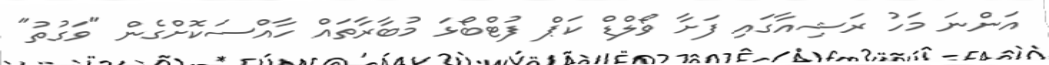
އަންނަ މަހު ރަޝިއާގައި ފަށާ ވޯލްޑް ކަޕް ފުޓްބޯޅަ މުބާރާތައް ހާއްސަކޮށްގެން "ވަގުތު"